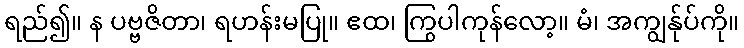
ရည်၍။ န ပဗ္ဗဇိတာ၊ ရဟန်းမပြု။ ဧထ၊ ကြွပါကုန်လော့။ မံ၊ အကျွန်ုပ်ကို။